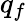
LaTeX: q_{f}